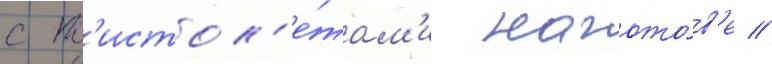
с п'истол'е́там'и нагото́в'е //